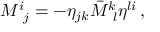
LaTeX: M _ { \, \, \, j } ^ { i } = - \eta _ { j k } \bar { M } _ { \, \, \, l } ^ { k } \eta ^ { l i } \, ,